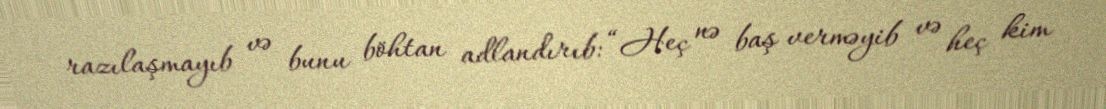
razılaşmayıb və bunu böhtan adlandırıb: “Heç nə baş verməyib və heç kim